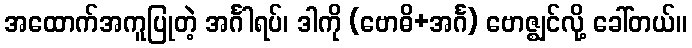
အထောက်အကူပြုတဲ့ အင်္ဂါရပ်၊ ဒါကို (ဗောဓိ+အင်္ဂ) ဗောဇ္ဈင်လို့ ခေါ်တယ်။